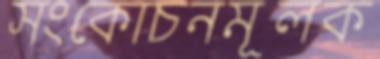
সংকোচনমূলক